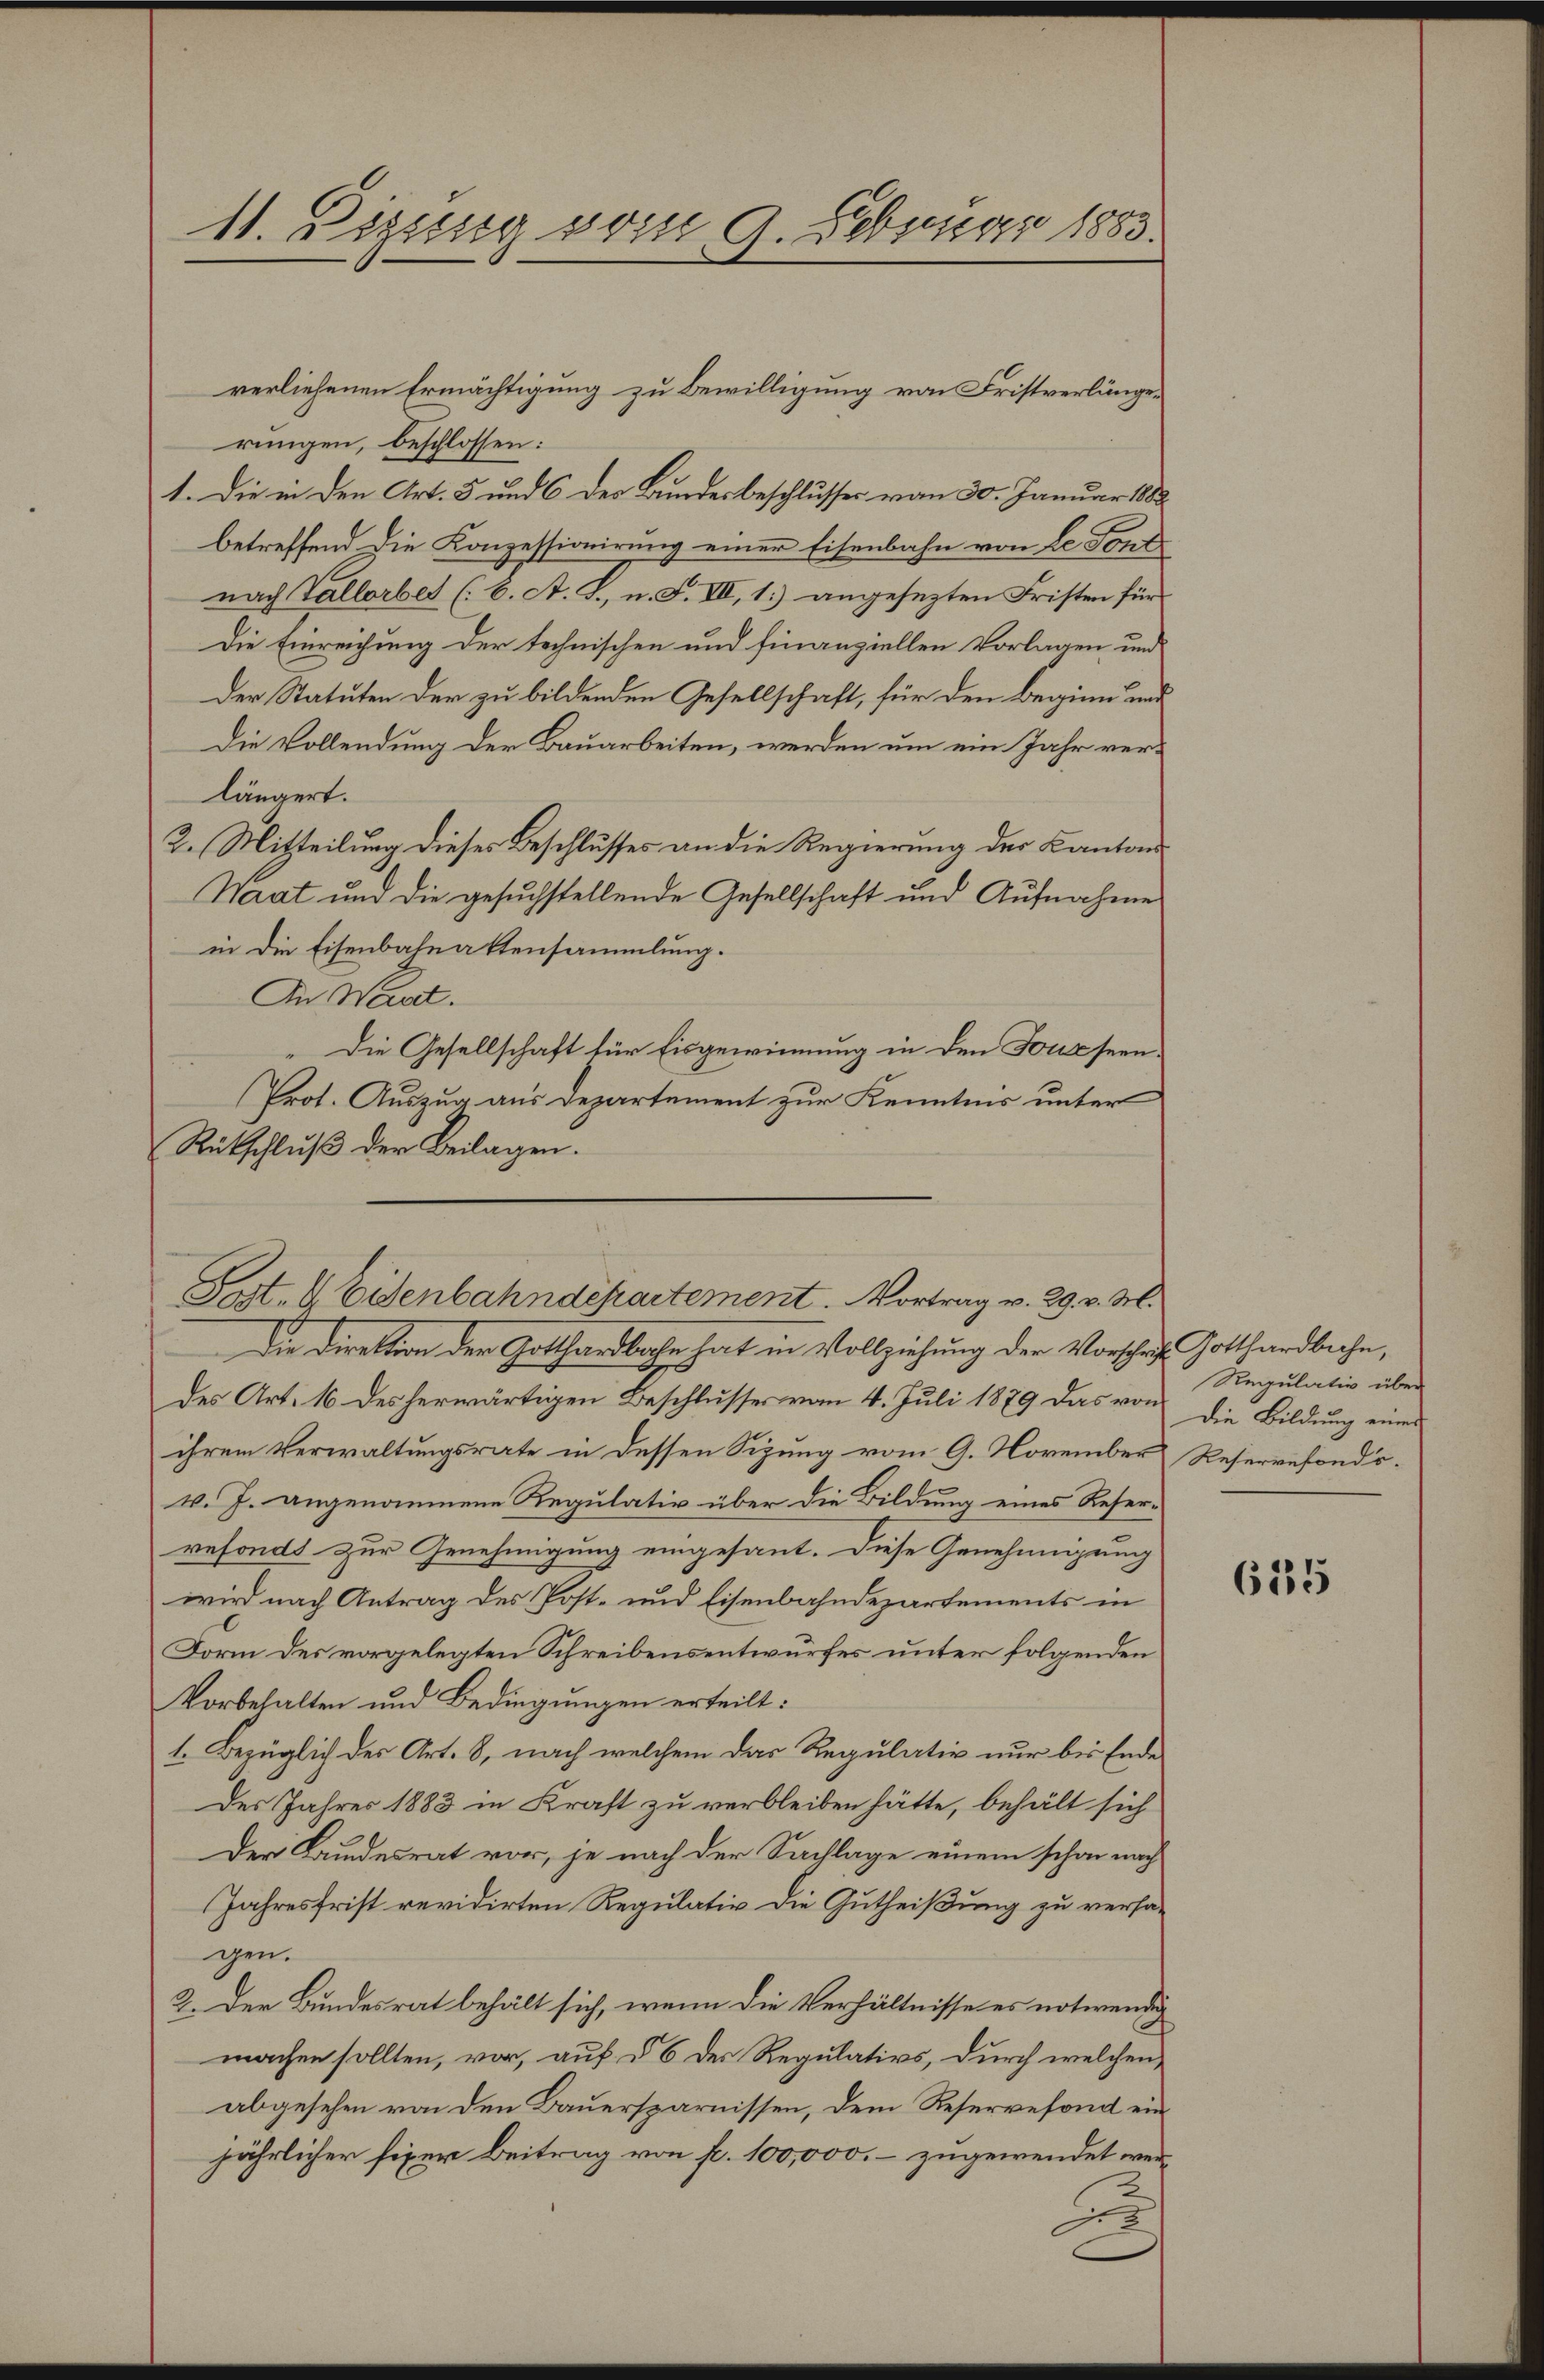
11. Dezzug vom 9. Februar 1883.

verliehenen Ermächtigung zu Bewilligung von Fristverlängerungen, beschlossen:
1. Die in den Art. 5 und C des Bundesbeschlusses vom 30. Januar 1888
betreffend die Konzessionirung einer Eisenbahn von Le Font
nach Vallorbet (6. A. L., n. F. VII, 1) angesezten Fristen für
Die Einreichung der technischen und finanziellen Vorlagen und
Der Statuten der zu bildenden Gesellschaft, für den Beginn und
Die Vollendung der Bauarbeiten, werden um ein Jahr verlängert.
2. Mitteilung dieses Beschlusses an die Regierung der Kantons
Haat und die gesuchstellende Gesellschaft und Aufnahme
in die Eisenbahnattensammlung.
An Wart.
Die Gesellschaft für Eisgewinnung in den Fusseen¬
Prot. Auszug aus Departement zur Kenntnis unter
Rükschluß der Beilagen.
Die Direktion der Gotthardbahn hat in Vollziehung der Vorschrift Gotthardbahn,
des Art. 16 des herwärtigen Beschlusses vom 4. Juli 1879 das von Regulativ über
ihrem Verwaltungsrate in dessen Sizung vom 9. November Reservefondsv. J. angenommene Regulativ über die Bildung eines Reser-
refonds zur Genehmigung eingesant. Diese Genehmigung
wird nach Antrag des Post- und Eisenbahndepartements in
Form des vorgelegten Schreibensentwurfes unter folgenden
Vorbehalten und Bedingungen erteilt:
1. Bezüglich des Art. 8, nach welchem das Regulativ nur bis Ende
Des Jahres 1883 in Kraft zu verbleiben hätte, behält sich
Der Bundesrat vor, je nach der Sachlage einem schon nach
Jahresfrist revidirten Regulativ die Gutheißung zu versagen.
2. Der Bundesrat behält sich, wenn die Verhältnisse es notwendig
machen sollten, vor, auf § 6 der Regulativs, durch welchen
abgesehen von den Bauersparnissen, dem Reservefond ein
jährlicher fixer Beitrag von fl. 100,000. – zugewendet wer¬
.

Sot. & Eisenbahndepartement. Vortrag v. 29. v. M.

die Bildung einer

625